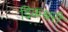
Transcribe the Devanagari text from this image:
डिकश्नरी